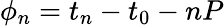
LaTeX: \phi_{n}=t_{n}-t_{0}-nP